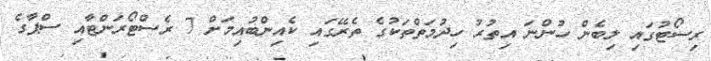
ރިސޯޓުގައި ލިބެން ހުންނަ އިތުރު ހިދުމަތްތަކުގެ ތެރޭގައި ކެއިންބުއިމަށް 7 ރެސްޓޯރަންޓާއި ސްޕާގެ